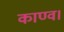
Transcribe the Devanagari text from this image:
काण्‍व।